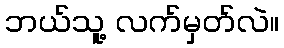
ဘယ်သူ့ လက်မှတ်လဲ။